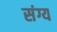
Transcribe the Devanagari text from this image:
संग्य